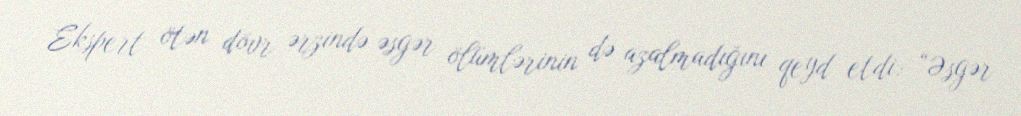
Ekspert ötən dövr ərzində əsgər ölümlərinin də azalmadığını qeyd etdi: “Əsgər